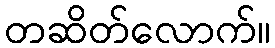
တဆိတ်လောက်။